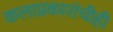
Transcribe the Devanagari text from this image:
कलाप्रकारांचीही